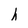
Character: h